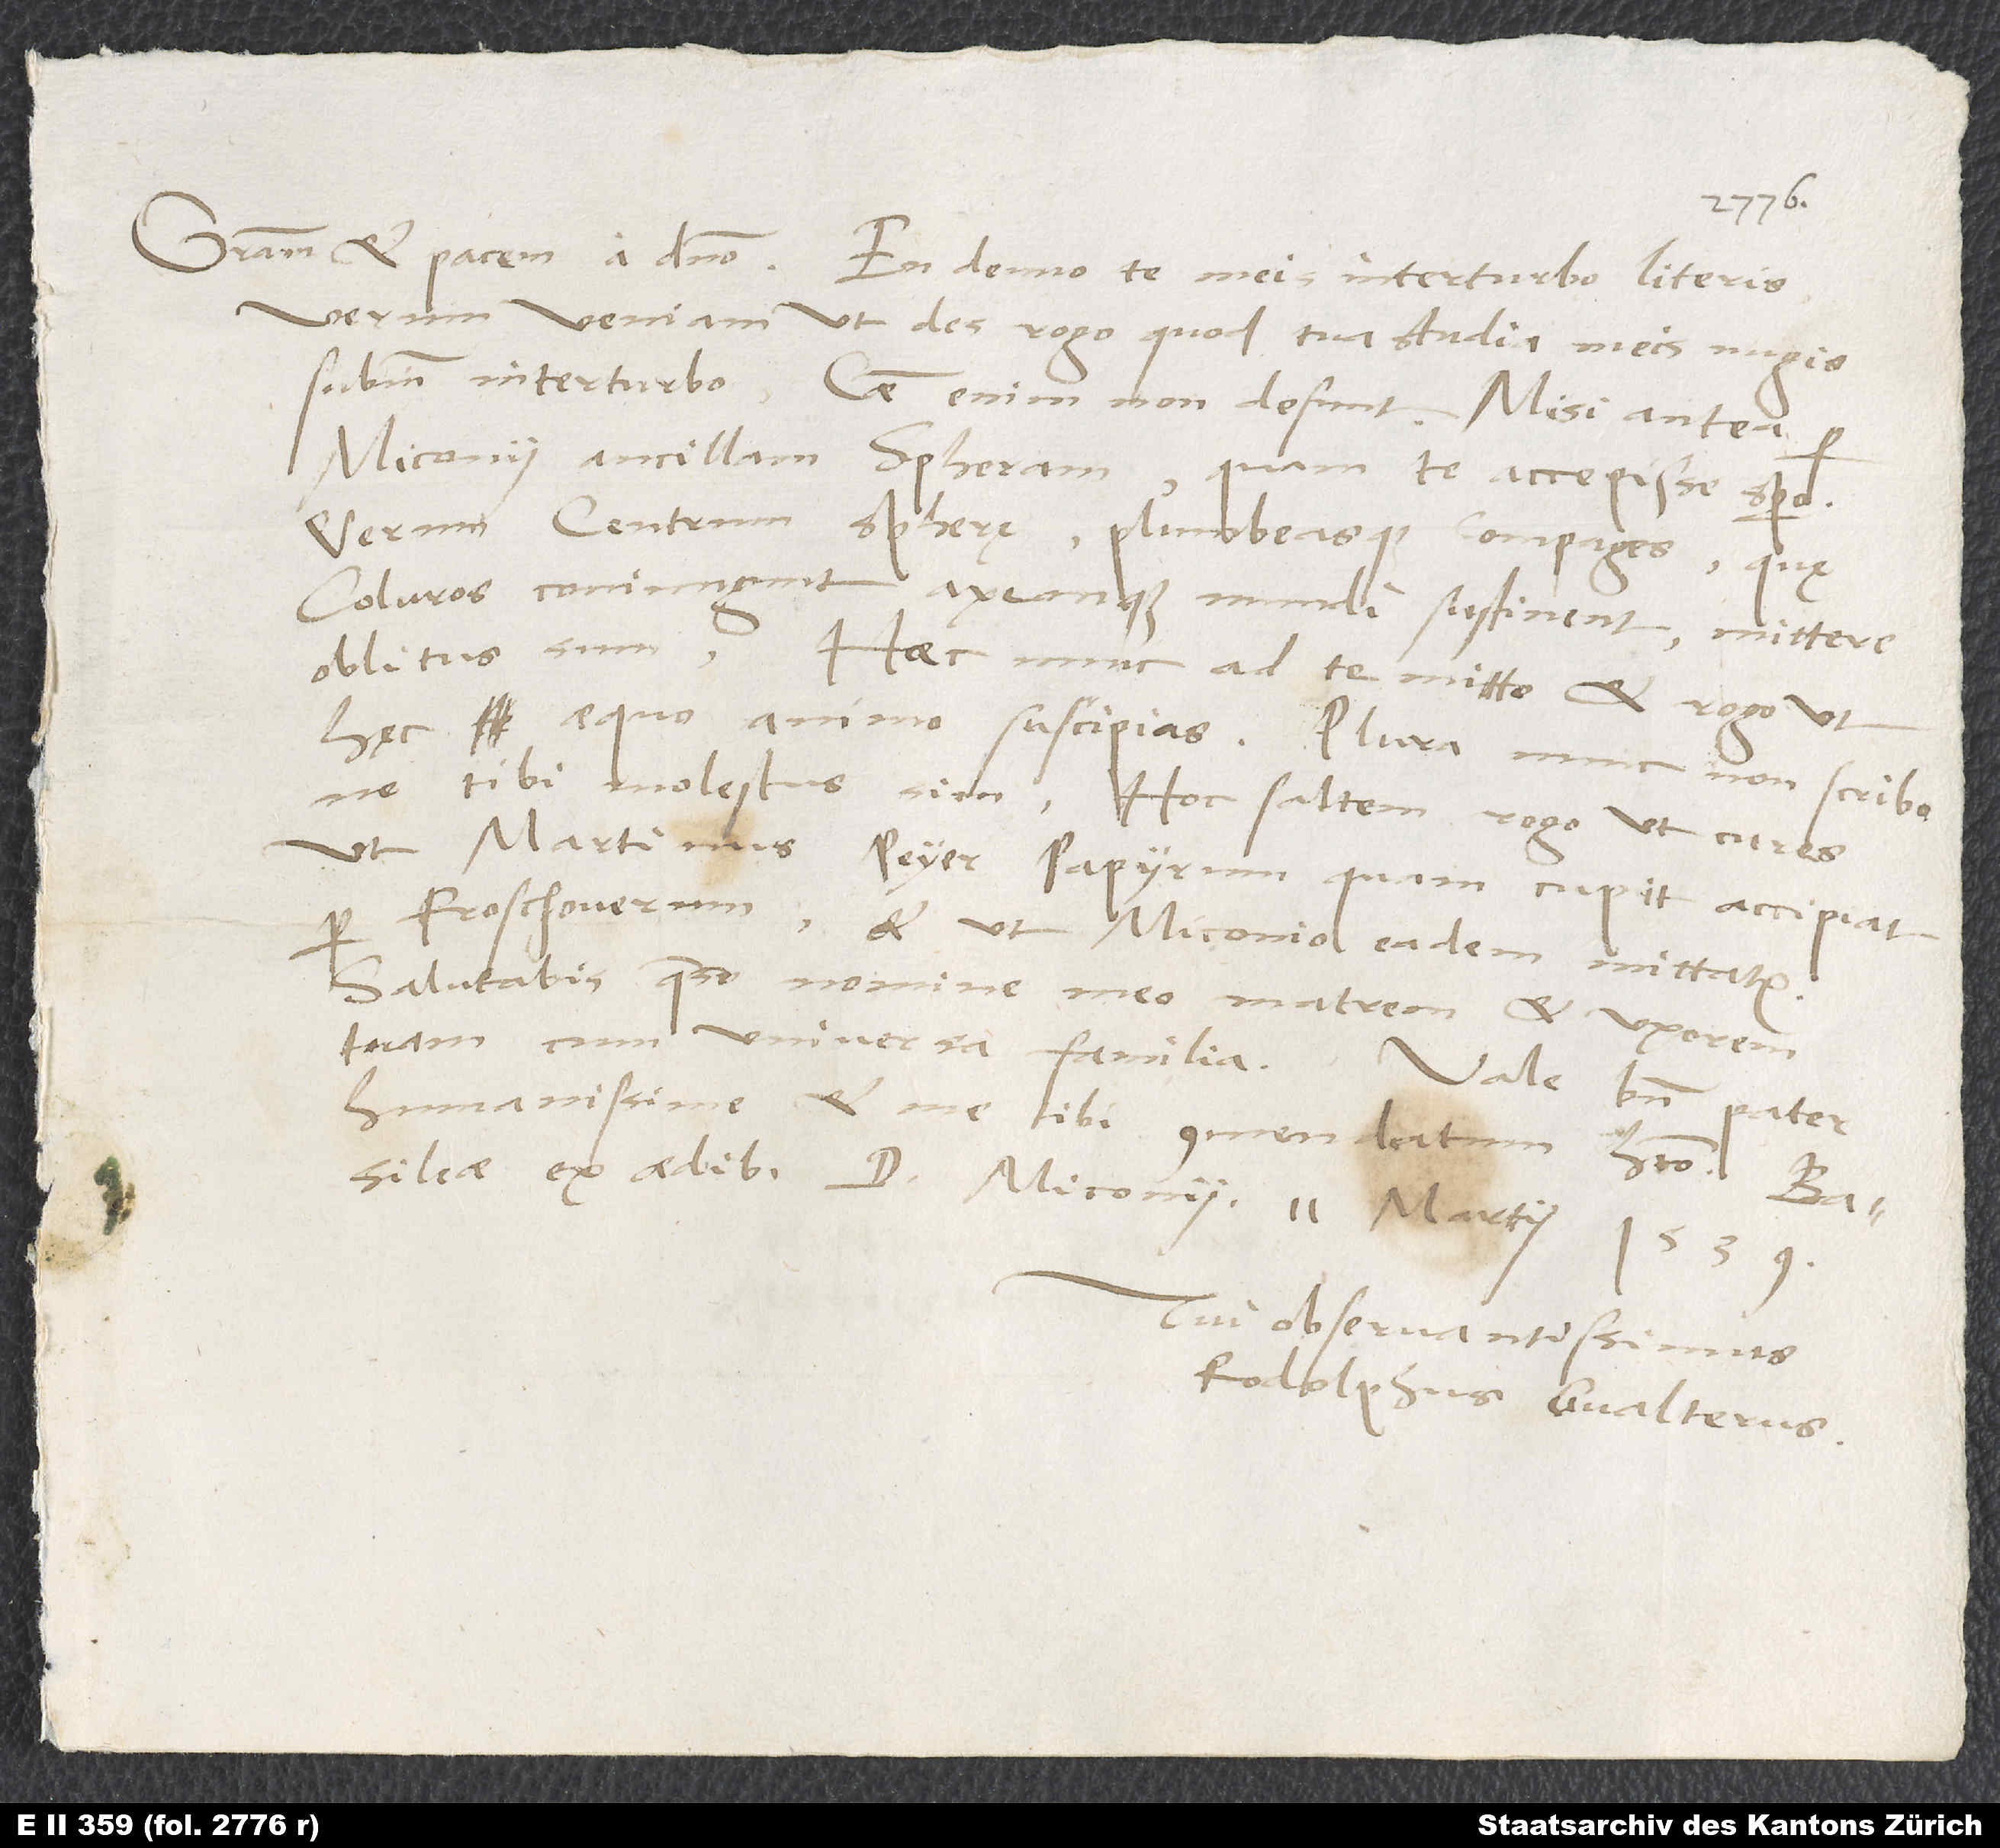
verum veniam ut des, rogo, quod tua studia meis nugis
subinde interturbo; causae enim non desunt. Misi antea
Miconii ancillam spheram, quam te accepisse spero;
verum centrum spherę plumbeasque compages, quę
coluros coniungunt axemque mundi sustinent, mittere
oblitus sum. Haec nunc ad te mitto et rogo, ut
ne tibi molestus sim. Hoc saltem rogo, ut cures,
ut Martinus Peyer papyrum, quam cupit, accipiat
per Froschouerum et ut Miconio eadem mittatur.
Salutabis, quaeso, nomine meo matrem et uxorem
tuam cum universa familia. Vale bene, pater
humanissime, et me tibi commendatum habeto.
Basileae, ex aedibus d. Miconii, 11. martii 1539.
Tui observantissimus
Rodolphus Gvalterus.